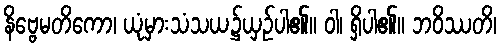
နိဗ္ဗေမတိကော၊ ယုံမှားသံသယ၌ယှဉ်ပါ၏။ ဝါ၊ ရှိပါ၏။ ဘဝိဿတိ၊